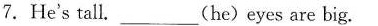
7.He's tall.___(he)eyes are big。